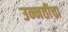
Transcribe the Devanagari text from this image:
उन्नतीचा